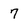
Character: 7